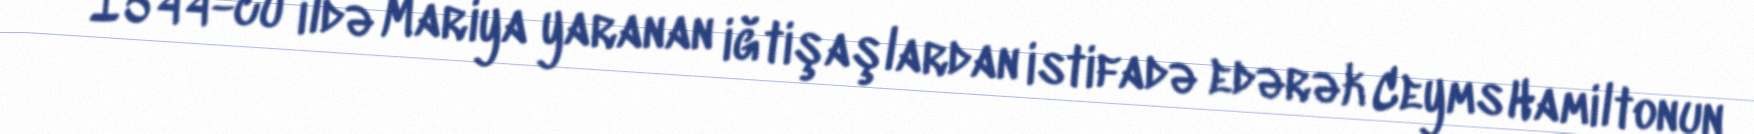
1544-cü ildə Mariya yaranan iğtişaşlardan istifadə edərək Ceyms Hamiltonun